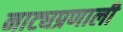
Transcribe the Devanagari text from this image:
नाट्यप्रणाली